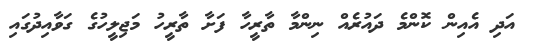
އަދި އެއިން ކޮންމެ ދައުރެއް ނިންމާ ތާރީހާ ފަށާ ތާރީހު މަޖިލީހުގެ ގަވާއިދުގައި